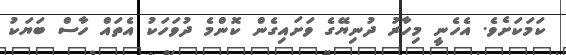
ކަމަކަށެވެ. އެހެނީ މިހާރު ދުނިޔޭގެ ވަށައިގެން ކޮންމެ ދުވަހަކު އެތައް ހާސް ބަޔަކު